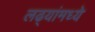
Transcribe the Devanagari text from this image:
लढ्यांमध्ये